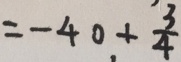
= - 4 0 + \frac { 3 } { 4 }